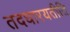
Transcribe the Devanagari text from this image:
तदधारयतीति